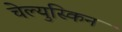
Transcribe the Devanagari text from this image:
चेल्युस्किन